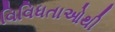
વિવિધતાઓથી